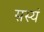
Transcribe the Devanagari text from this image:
सस्यं